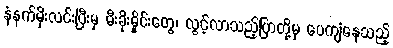
နံနက်မိုးလင်းပြီးမှ မီးခိုးမှိုင်းတွေ၊ လွင့်လာသည့်ပြာတို့မှ ပေကျံနေသည့်